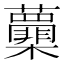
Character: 𭬽